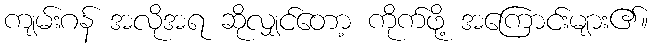
ကျမ်းဂန် အလိုအရ ဆိုလျှင်တော့ ကိုက်ဖို့ အကြောင်းများ၏။